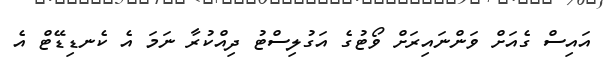
އައިސް ގެއަށް ވަންނައިރަށް ވޯޓުގެ އަގުލިސްޓު ދިއްކުރާ ނަމަ އެ ކެނޑިޑޭޓް އެ